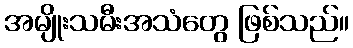
အမျိုးသမီးအသံတွေ ဖြစ်သည်။